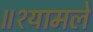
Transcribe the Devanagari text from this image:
॥श्यामले